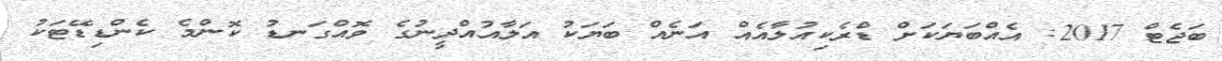
ބަޖެޓް 2017: އެއްބަޔަކަށް ޑްރެކިއުލާއެއް އަނެއް ބަޔަކު އަލާއުއްދީނުގެ ވޮއްގަނޑު ކޮންމެ ކެންޑިޑޭޓަކު